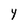
Character: y